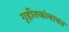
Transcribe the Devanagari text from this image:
गृहीतकांबाबत